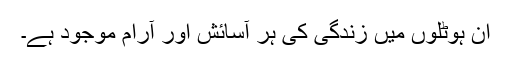
ان ہوٹلوں میں زندگی کی ہر آسائش اور آرام موجود ہے۔